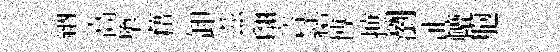
納高隳藉卸茲翩咨繕博摭瀏沚轆胞